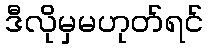
ဒီလိုမှမဟုတ်ရင်